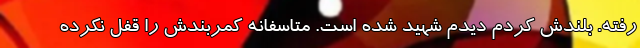
رفته. بلندش کردم دیدم شهید شده است. متاسفانه کمربندش را قفل نکرده